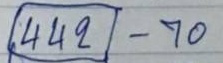
(442) - 70